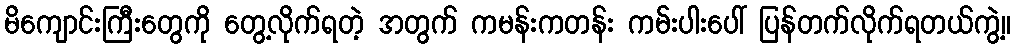
မိကျောင်းကြီးတွေကို တွေ့လိုက်ရတဲ့ အတွက် ကမန်းကတန်း ကမ်းပါးပေါ် ပြန်တက်လိုက်ရတယ်ကွဲ့။